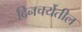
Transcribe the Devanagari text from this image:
दिनचर्येतील